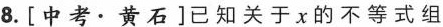
8. [中考▪黄石]已知关于x的不等式组